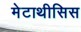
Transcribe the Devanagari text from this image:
मेटाथीसिस